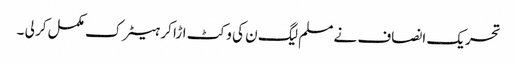
تحریک انصاف نے مسلم لیگ ن کی وکٹ اڑا کر ہیٹرک مکمل کر لی ۔